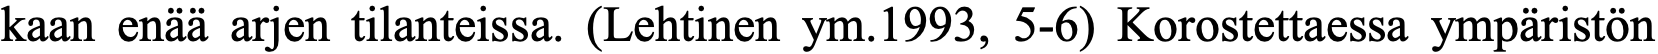
kaan enää arjen tilanteissa. (Lehtinen ym.1993, 5-6) Korostettaessa ympäristön